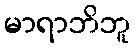
မာရာဘိဘူ